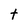
Character: t